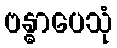
ဗန္ဓာပေသုံ